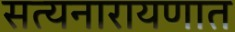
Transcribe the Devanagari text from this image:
सत्यनारायणात